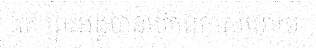
គេ ព្រះអង្គបានបើកឱកាសអោយ